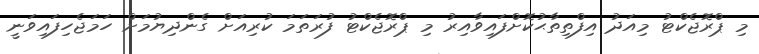
މި ޕްރޮޖެކްޓު މިއަދު އިފްތިތާޙުކޮށްފައިވާއިރު މި ޕްރޮޖެކްޓު ފުރަތަމަ ކުރިއަށް ގެންދިޔުމަށް ހަމަޖެހިފައިވަނީ